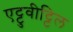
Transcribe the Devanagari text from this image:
एट्टुवीट्टिल